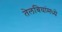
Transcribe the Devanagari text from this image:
तेलबियांमध्ये